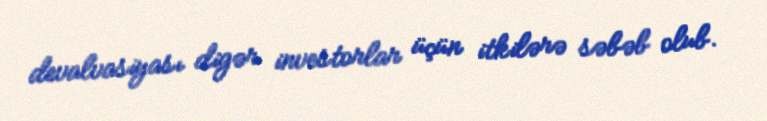
devalvasiyası digər investorlar üçün itkilərə səbəb olub.